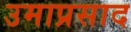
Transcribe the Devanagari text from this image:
उमाप्रसाद